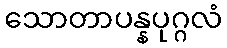
သောတာပန္နပုဂ္ဂလံ